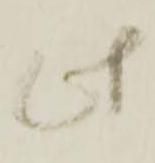
此